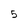
Character: 5